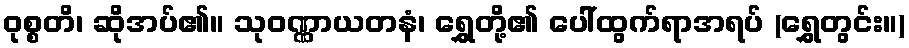
ဝုစ္စတိ၊ ဆိုအပ်၏။ သုဝဏ္ဏာယတနံ၊ ရွှေတို့၏ ပေါ်ထွက်ရာအရပ် (ရွှေတွင်း။)